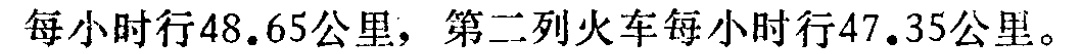
每小时行\(48.65\)公里，第二列火车每小时行\(47.35\)公里。